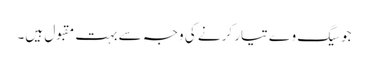
جوسیگ وے تیار کرنے کی وجہ سے بہت مقبول ہیں۔